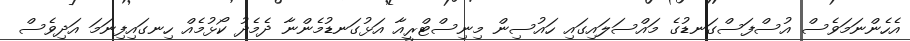
އެހެންނަމަވެސް އުސްފަސްގަނޑުގެ މައްސަލައިގައި ހައުސިން މިނިސްޓްރީއާ އަޅުގަނޑުމެންނާ ދެމެދު ކޯޅުމެއް ހިނގައިފިނަމަ އަދިވެސް